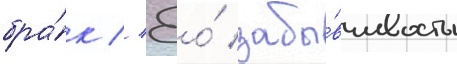
бра́к // Ео́ забы́вчивость